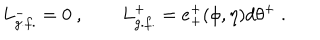
L _ { g . f . } ^ { - } = 0 \ , \qquad L _ { g . f . } ^ { + } = e _ { + } ^ { + } ( \phi , \eta ) d \theta ^ { + } \ .